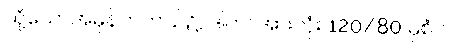
သို့သော်အမှန်တကယ်၌, ဒါဟာအားလုံး 120/80 မှစံပါပဲ။